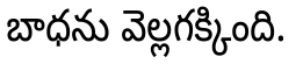
బాధను వెల్లగక్కింది.